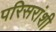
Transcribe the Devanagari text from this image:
परिसरांशी